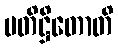
ပတိဋ္ဌိတောတိ